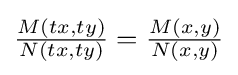
{\textstyle {\frac {M(tx,ty)}{N(tx,ty)}}={\frac {M(x,y)}{N(x,y)}}}